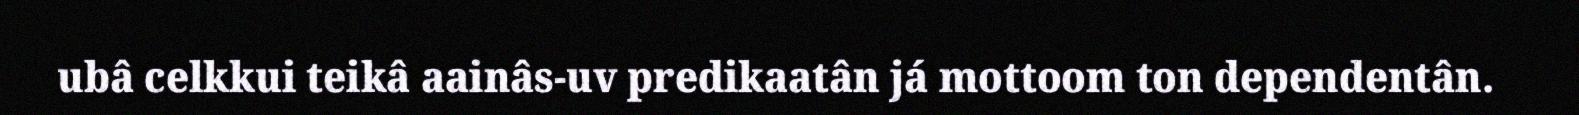
ubâ celkkui teikâ aainâs-uv predikaatân já mottoom ton dependentân.